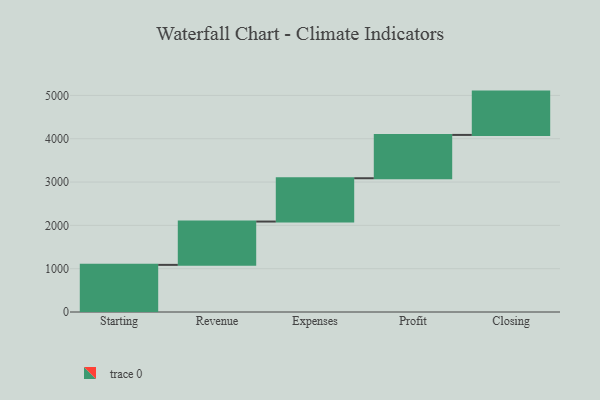
{"axis": {"x": "Step", "y": "Value"}, "legend": [""], "data": [{"x": "Starting", "y": 1088.0, "type": ""}, {"x": "Revenue", "y": 1000, "type": ""}, {"x": "Expenses", "y": 1000, "type": ""}, {"x": "Profit", "y": 1000, "type": ""}, {"x": "Closing", "y": 1000, "type": ""}]}